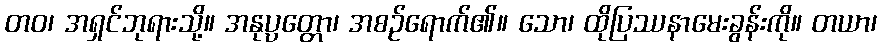
တဝ၊ အရှင်ဘုရားသို့။ အနုပ္ပတ္တော၊ အစဉ်ရောက်၏။ သော၊ ထိုပြဿနာမေးခွန်းကို။ တယာ၊